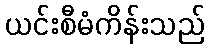
ယင်းစီမံကိန်းသည်